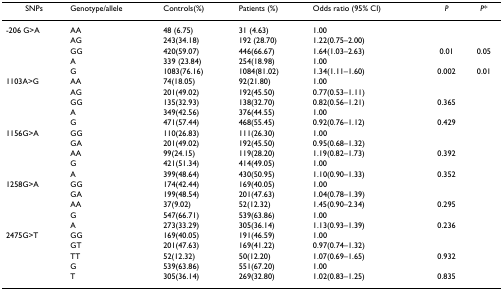
<table><thead><tr><td><b>SNPs</b></td><td><b>Genotype/allele</b></td><td><b>Controls(%)</b></td><td><b>Patients (%)</b></td><td><b>Odds ratio (95% CI)</b></td><td><b><i>P</i></b></td><td><b><i>P</i>*</b></td></tr></thead><tbody><tr><td>-206 G&gt;A</td><td>AA</td><td>48 (6.75)</td><td>31 (4.63)</td><td>1.00</td><td></td><td></td></tr><tr><td></td><td>AG</td><td>243(34.18)</td><td>192 (28.70)</td><td>1.22(0.75–2.00)</td><td></td><td></td></tr><tr><td></td><td>GG</td><td>420(59.07)</td><td>446(66.67)</td><td>1.64(1.03–2.63)</td><td>0.01</td><td>0.05</td></tr><tr><td></td><td>A</td><td>339 (23.84)</td><td>254(18.98)</td><td>1.00</td><td></td><td></td></tr><tr><td></td><td>G</td><td>1083(76.16)</td><td>1084(81.02)</td><td>1.34(1.11–1.60)</td><td>0.002</td><td>0.01</td></tr><tr><td>1103A&gt;G</td><td>AA</td><td>74(18.05)</td><td>92(21.80)</td><td>1.00</td><td></td><td></td></tr><tr><td></td><td>AG</td><td>201(49.02)</td><td>192(45.50)</td><td>0.77(0.53–1.11)</td><td></td><td></td></tr><tr><td></td><td>GG</td><td>135(32.93)</td><td>138(32.70)</td><td>0.82(0.56–1.21)</td><td>0.365</td><td></td></tr><tr><td></td><td>A</td><td>349(42.56)</td><td>376(44.55)</td><td>1.00</td><td></td><td></td></tr><tr><td></td><td>G</td><td>471(57.44)</td><td>468(55.45)</td><td>0.92(0.76–1.12)</td><td>0.429</td><td></td></tr><tr><td>1156G&gt;A</td><td>GG</td><td>110(26.83)</td><td>111(26.30)</td><td>1.00</td><td></td><td></td></tr><tr><td></td><td>GA</td><td>201(49.02)</td><td>192(45.50)</td><td>0.95(0.68–1.32)</td><td></td><td></td></tr><tr><td></td><td>AA</td><td>99(24.15)</td><td>119(28.20)</td><td>1.19(0.82–1.73)</td><td>0.392</td><td></td></tr><tr><td></td><td>G</td><td>421(51.34)</td><td>414(49.05)</td><td>1.00</td><td></td><td></td></tr><tr><td></td><td>A</td><td>399(48.64)</td><td>430(50.95)</td><td>1.10(0.90–1.33)</td><td>0.352</td><td></td></tr><tr><td>1258G&gt;A</td><td>GG</td><td>174(42.44)</td><td>169(40.05)</td><td>1.00</td><td></td><td></td></tr><tr><td></td><td>GA</td><td>199(48.54)</td><td>201(47.63)</td><td>1.04(0.78–1.39)</td><td></td><td></td></tr><tr><td></td><td>AA</td><td>37(9.02)</td><td>52(12.32)</td><td>1.45(0.90–2.34)</td><td>0.295</td><td></td></tr><tr><td></td><td>G</td><td>547(66.71)</td><td>539(63.86)</td><td>1.00</td><td></td><td></td></tr><tr><td></td><td>A</td><td>273(33.29)</td><td>305(36.14)</td><td>1.13(0.93–1.39)</td><td>0.236</td><td></td></tr><tr><td>2475G&gt;T</td><td>GG</td><td>169(40.05)</td><td>191(46.59)</td><td>1.00</td><td></td><td></td></tr><tr><td></td><td>GT</td><td>201(47.63)</td><td>169(41.22)</td><td>0.97(0.74–1.32)</td><td></td><td></td></tr><tr><td></td><td>TT</td><td>52(12.32)</td><td>50(12.20)</td><td>1.07(0.69–1.65)</td><td>0.932</td><td></td></tr><tr><td></td><td>G</td><td>539(63.86)</td><td>551(67.20)</td><td>1.00</td><td></td><td></td></tr><tr><td></td><td>T</td><td>305(36.14)</td><td>269(32.80)</td><td>1.02(0.83–1.25)</td><td>0.835</td><td></td></tr></tbody></table>